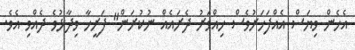
އެހެން ވިޔަސް އެއްފަހަރުވެސް ހިއްވަރު ދެރައެއް ނުކުރަން" ފަރީހާ ވިދާޅުވެ ދެއްވި އެވެ.